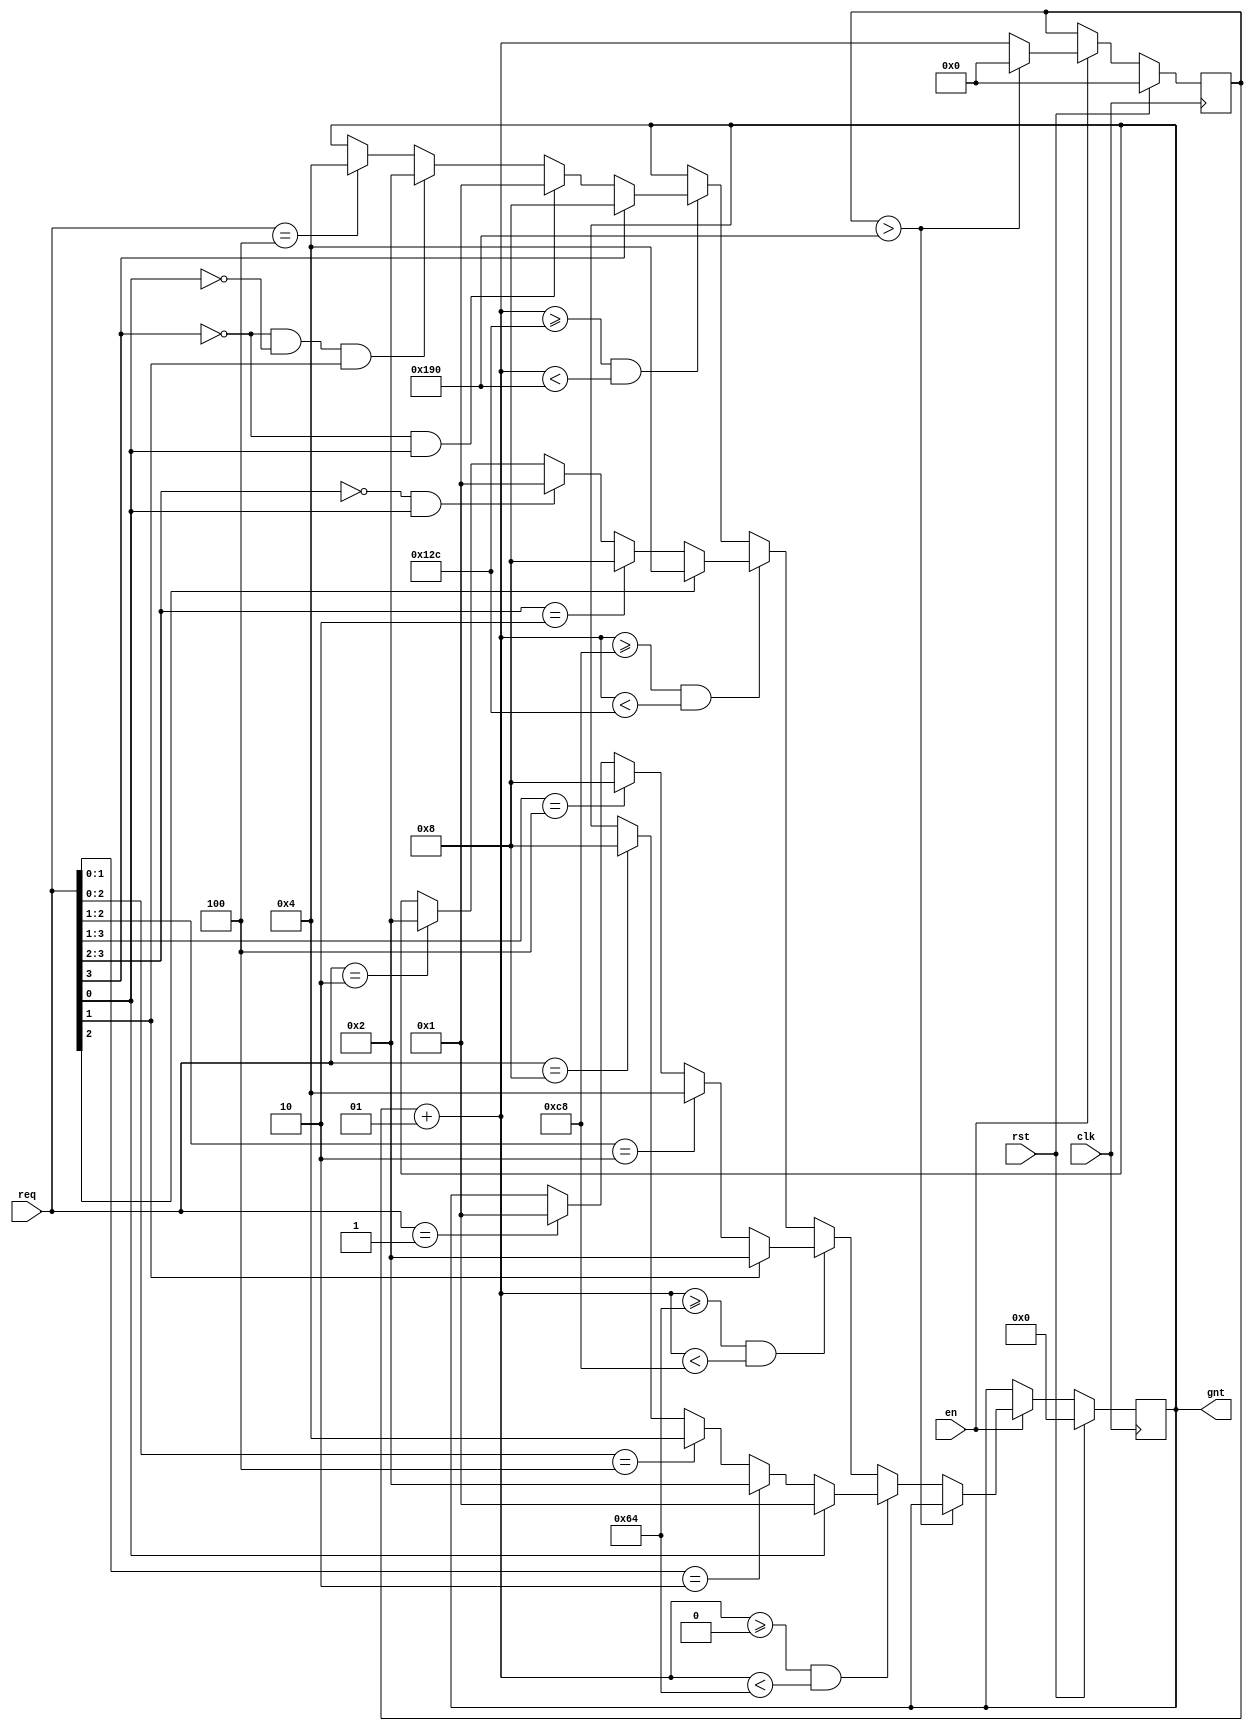
//Code by Shashank Shivashankar - 09/08/2020
//4 requestor Round robin arbiter 
//Clks   0 - 100: 0>1>2>3
//Clks 100 - 200: 1>2>3>0
//Clks 200 - 300: 2>3>0>1
//Clks 300 - 400: 3>0>1>2

module rr_dut(clk, rst, en, req, gnt);
input clk, rst, en;
input [3:0] req;
output [3:0] gnt; 

reg [3:0] gnt; 

integer cnt = 0;

always@(posedge clk)
begin
//If design is Reset then grant and the counter is reset; 
  if(rst)
  begin
    gnt <= 4'b0000; 
    cnt = 0; 
  end
  else
  begin
    if(en)
    begin
//If Reset is inactive; Enable is active check for counter: if greater than 400 reset counter 
      if(cnt > 400)
        cnt = 0;
      else
      begin

        cnt = cnt + 1; 

//Requestor 0 has highest priority
        if(cnt >= 0 && cnt < 100)
        begin
          if(req[0] == 1'b1)
            gnt <= 4'b0001;
          else if(req[1:0] == 2'b10)
            gnt <= 4'b0010; 
          else if(req[2:0] == 3'b100)
            gnt <= 4'b0100;
          else if(req[3:0] == 4'b1000)
            gnt <= 4'b1000; 
        end
//Requestor 1 has highest priority
        else if(cnt >= 100 && cnt < 200)
        begin
          if(req[1] == 1'b1)
            gnt <= 4'b0010;
          else if(req[2:1] == 2'b10)
            gnt <= 4'b0100; 
          else if(req[3:1] == 3'b100)
            gnt <= 4'b1000;
          else if(req[3:0] == 4'b0001)
            gnt <= 4'b0001;
        end
//Requestor 2 has highest priority
        else if(cnt >= 200 && cnt < 300)
        begin
          if(req[2] == 1'b1)
            gnt <= 4'b0100;
          else if(req[3:2] == 2'b10)
            gnt <= 4'b1000; 
          else if(req[3:2] == 2'b00 && req[0] == 1)
            gnt <= 4'b0001;
          else if(req[3:0] == 4'b0010)
            gnt <= 4'b0010;
        end
//Requestor 3 has highest priority
        else if(cnt >= 300 && cnt < 400)
        begin
          if(req[3] == 1'b1)
            gnt <= 4'b1000;
          else if(req[3] == 1'b0 && req[0] == 1'b1)
            gnt <= 4'b0001; 
          else if(req[3] == 1'b0 && req[0] == 1'b0 && req[1] == 1'b1)
            gnt <= 4'b0010;
          else if(req[3:0] == 4'b0100)
            gnt <= 4'b0100;
        end
      end
     
    end
//If Reset & enable are both inactive save the state of the counter
    else 
    begin
      cnt = cnt; 
    end
  end
end
endmodule